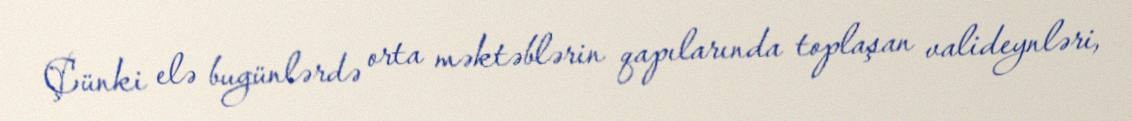
Çünki elə bugünlərdə orta məktəblərin qapılarında toplaşan valideynləri,